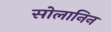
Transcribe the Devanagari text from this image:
सोलानिन